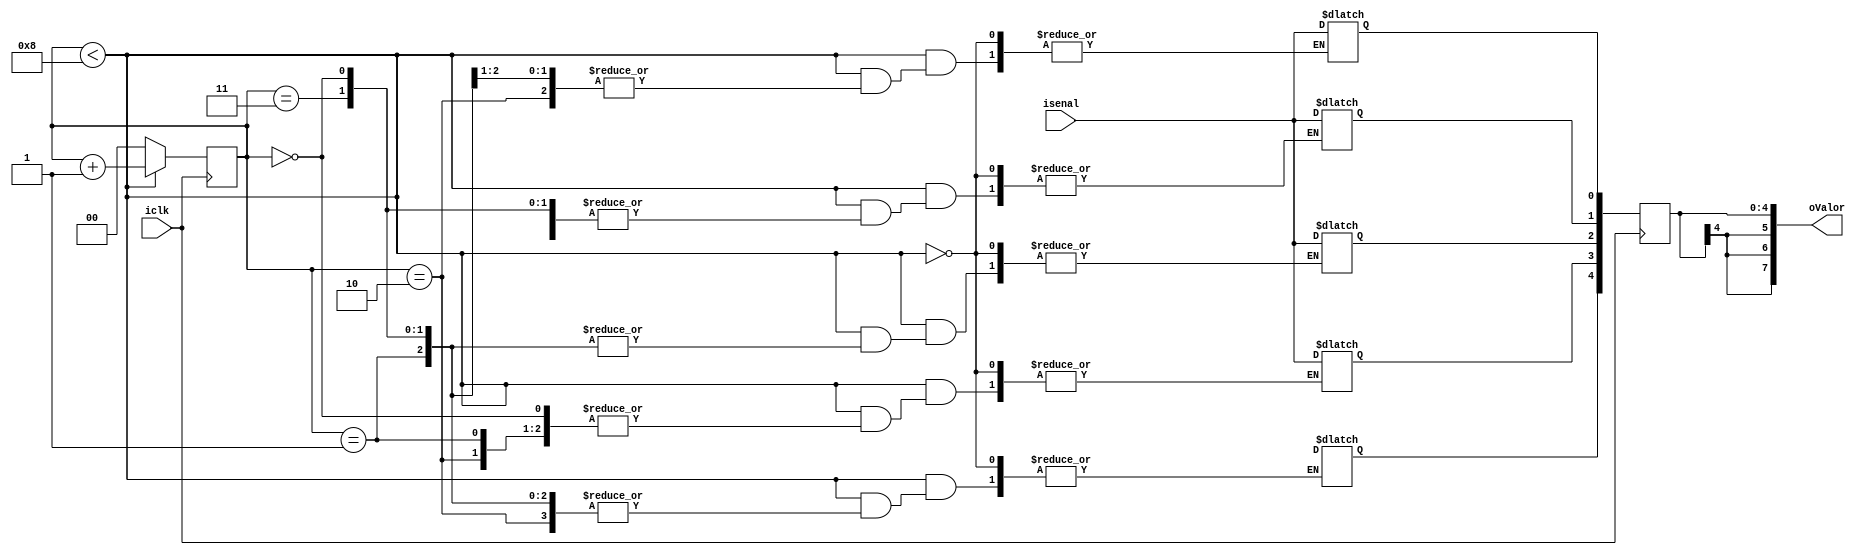
module AlmVector(
	input isenal,
	input iclk,
	output [7:0] oValor
	);
	
	//reg [7:0]memory[3:0];
	reg [7:0]result_Q = 8'd0;
	reg [7:0]result_D = 8'd0;
	
	reg [1:0]rCounter_D = 2'd0;
	reg [1:0]rCounter_Q;
	
	/*initial
	begin 
		$readmemh("memory1.mem.txt",memory);
	end*/
	
	assign oValor = result_Q;

	always @ (posedge iclk)
	begin
		result_Q <= result_D;
		rCounter_Q <= rCounter_D;
	end
	
	always @*
	begin
		if(rCounter_Q < 4'd8)
			begin
				result_D[rCounter_Q]=isenal;
				rCounter_D = rCounter_Q + 4'd1;
			end
		else
			begin
				rCounter_D = 4'd0;
			end
	end
endmodule